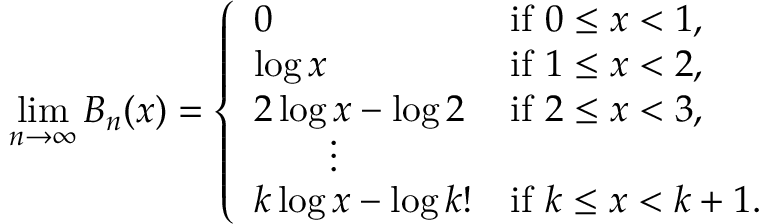
\operatorname* { l i m } _ { n \to \infty } B _ { n } ( x ) = \left\{ \begin{array} { l l } { 0 } & { \mathrm { i f ~ } 0 \leq x < 1 , } \\ { \log x } & { \mathrm { i f ~ } 1 \leq x < 2 , } \\ { 2 \log x - \log 2 } & { \mathrm { i f ~ } 2 \leq x < 3 , } \\ { \qquad \vdots } \\ { k \log x - \log k ! } & { \mathrm { i f ~ } k \leq x < k + 1 . } \end{array} \right.